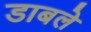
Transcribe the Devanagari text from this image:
डाबले